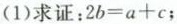
(1)求证：$$2b=a+c$$；